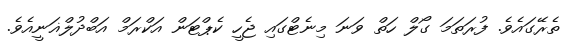
ތެެރޭގައެވެ. ފުރަތަމަ ގޯލް ހަތް ވަނަ މިނެޓްގައި ޖެހީ ކެޕްޓަން އަކްރަމް އަބްދުލްޣަނީއެވެ.